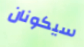
سيكونان